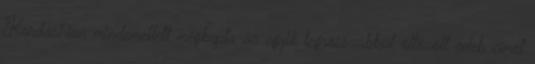
Kardashian mindemellett megkapta az egyik legrosszabbul öltözött celeb címet